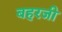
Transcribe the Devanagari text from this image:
बहरजी